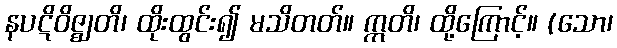
နပဋိဝိဇ္ဈတိ၊ ထိုးထွင်း၍ မသိတတ်။ ဣတိ၊ ထို့ကြောင့်။ (သော၊